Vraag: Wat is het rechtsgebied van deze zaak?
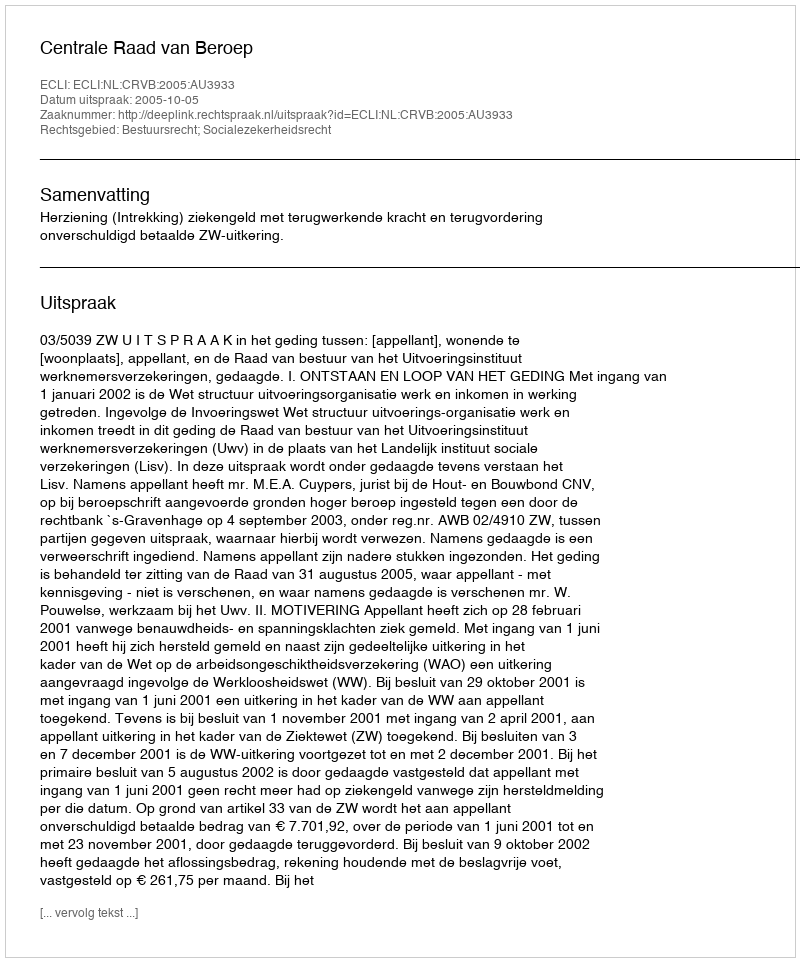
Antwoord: Bestuursrecht; Socialezekerheidsrecht